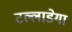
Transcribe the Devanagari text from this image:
टल्लाडेगा